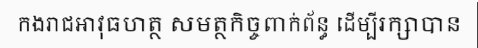
កងរាជអាវុធហត្ថ សមត្ថកិច្ចពាក់ព័ន្ធ ដើម្បីរក្សាបាន